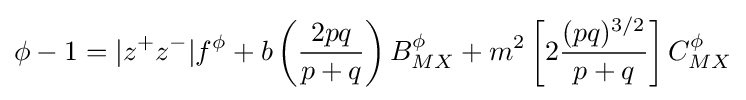
\phi -1=|z^{+}z^{-}|f^{\phi }+b\left({\frac {2pq}{p+q}}\right)B_{MX}^{\phi }+m^{2}\left[2{\frac {(pq)^{3/2}}{p+q}}\right]C_{MX}^{\phi }